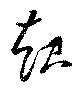
起